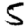
Digit: 5